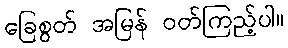
ခြေစွတ် အမြန် ဝတ်ကြည့်ပါ။